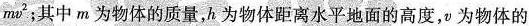
mv^{2};其中m为物体的质量，h为物体距离水平地面的高度，v为物体的